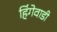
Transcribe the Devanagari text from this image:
हिंगेवाडी